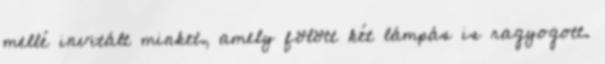
mellé invitált minket, amely fölött két lámpás is ragyogott.